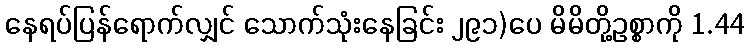
နေရပ်ပြန်ရောက်လျှင် သောက်သုံးနေခြင်း ၂၉၁)ပေ မိမိတို့ဥစ္စာကို 1.44